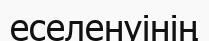
еселенуінің